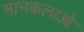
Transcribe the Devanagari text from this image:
मानकलाओ